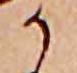
か